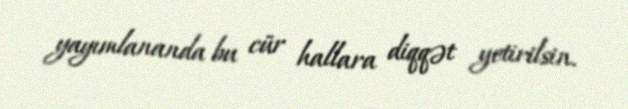
yayımlananda bu cür hallara diqqət yetirilsin.